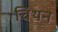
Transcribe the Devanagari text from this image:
चिथन